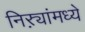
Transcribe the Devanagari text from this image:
निऱ्यांमध्ये